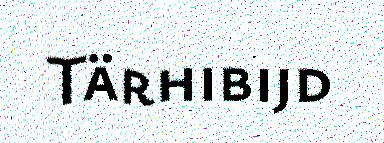
Tärhibijd